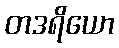
တဒရိယော